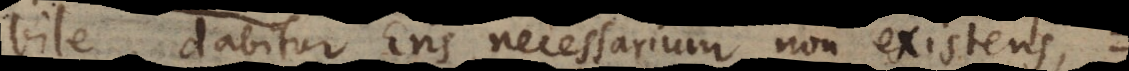
bile, dabitur Ens necessarium non existens,